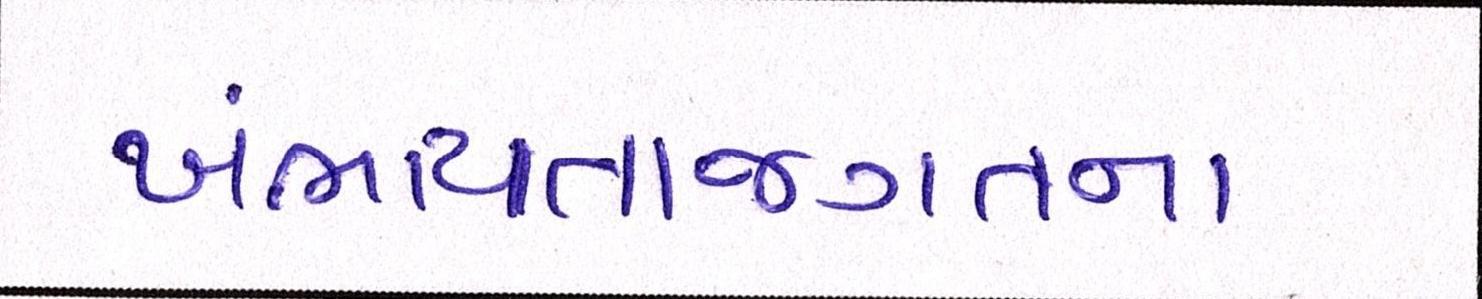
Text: ખંભાયતાજગતના